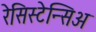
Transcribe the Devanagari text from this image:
रेसिस्टेन्सिअ